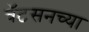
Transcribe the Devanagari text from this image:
वॅटसनच्या